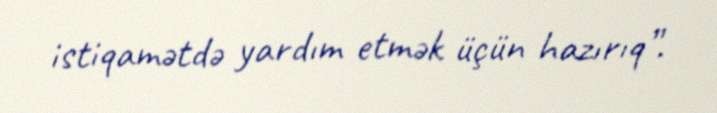
istiqamətdə yardım etmək üçün hazırıq”.